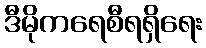
ဒီမိုကရေစီရရှိရေး